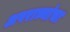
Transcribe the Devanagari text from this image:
अपराध्यांचा